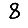
Digit: 8